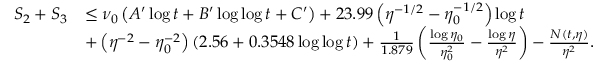
\begin{array} { r l } { S _ { 2 } + S _ { 3 } } & { \le \nu _ { 0 } \left( A ^ { \prime } \log t + B ^ { \prime } \log \log t + C ^ { \prime } \right) + 2 3 . 9 9 \left( \eta ^ { - 1 / 2 } - \eta _ { 0 } ^ { - 1 / 2 } \right) \log t } \\ & { + \left( \eta ^ { - 2 } - \eta _ { 0 } ^ { - 2 } \right) ( 2 . 5 6 + 0 . 3 5 4 8 \log \log t ) + \frac { 1 } { 1 . 8 7 9 } \left( \frac { \log \eta _ { 0 } } { \eta _ { 0 } ^ { 2 } } - \frac { \log \eta } { \eta ^ { 2 } } \right) - \frac { N ( t , \eta ) } { \eta ^ { 2 } } . } \end{array}